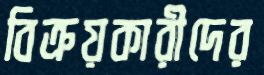
বিক্রয়কারীদের